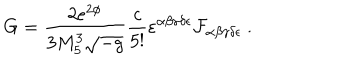
LaTeX: G = { \frac { 2 e ^ { 2 \phi } } { 3 M _ { 5 } ^ { 3 } \sqrt { - g } } } { \frac { c } { 5 ! } } \varepsilon ^ { \alpha \beta \gamma \delta \epsilon } { \cal F } _ { \alpha \beta \gamma \delta \epsilon } \ .